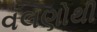
વલણોથી